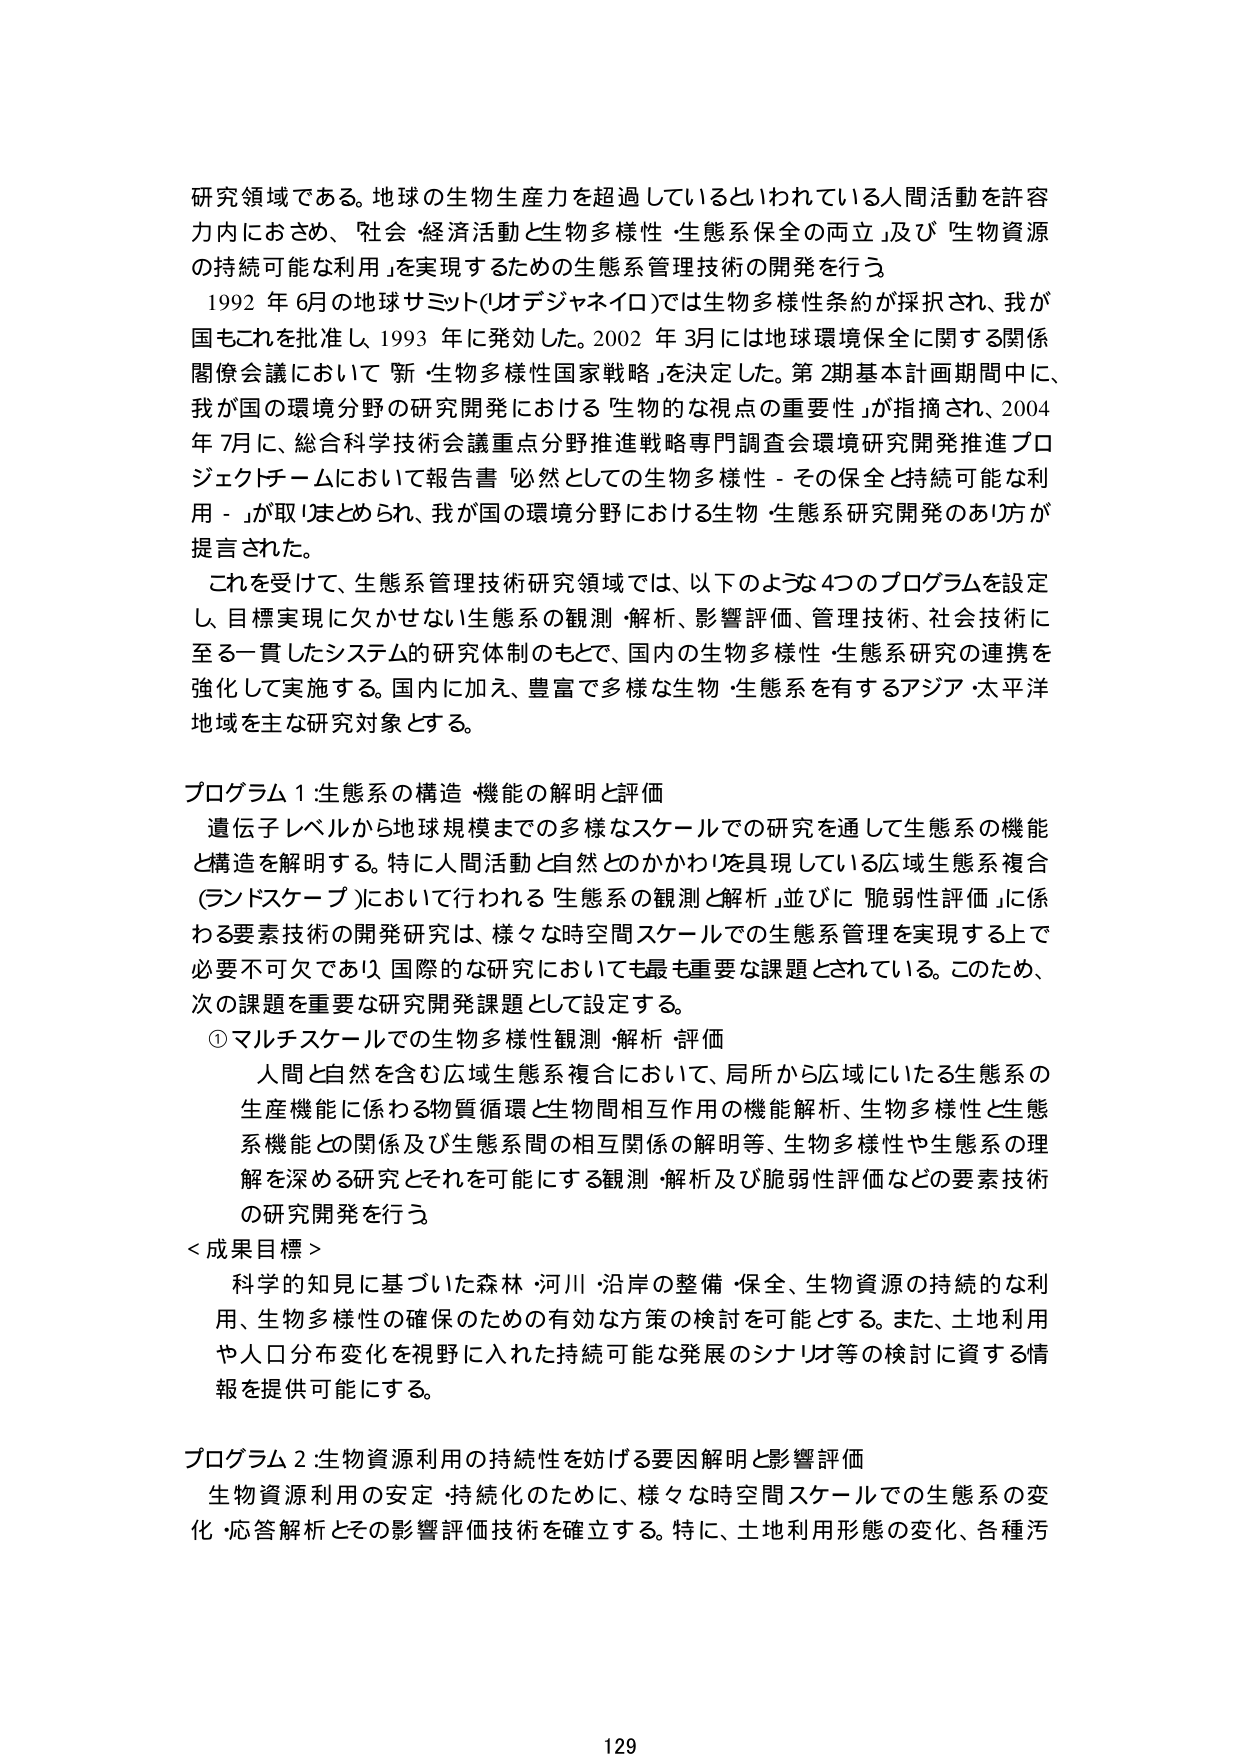
研究領域である。地球の生物生産力を超過しているといわれている人間活動を許容
力内におさめ、「社会・経済活動と生物多様性・生態系保全の両立」及び「生物資源
の持続可能な利用」を実現するための生態系管理技術の開発を行う。

1992年6月の地球サミット（リオデジャネイロ）では生物多様性条約が採択され、我が
国もこれを批准し、1993年に発効した。2002年3月には地球環境保全に関する関係
閣僚会議において「新・生物多様性国家戦略」を決定した。第2期基本計画期間中に、
我が国の環境分野の研究開発における「生物的な視点の重要性」が指摘され、2004
年7月に、総合科学技術会議重点分野推進戦略専門調査会環境研究開発推進プロジェク
トチームにおいて報告書「必然としての生物多様性－その保全と持続可能な利用－」が取りまとめられ、我が国の環境分野における生物・生態系研究開発のあり方が
提言された。

これを受けて、生態系管理技術研究領域では、以下のような4つのプログラムを設定
し、目標実現に欠かせない生態系の観測・解析、影響評価、管理技術、社会技術に
至る一貫したシステムの研究体制のもとで、国内の生物多様性・生態系研究の連携を
強化して実施する。国内に加え、豊富で多様な生物・生態系を有するアジア・太平洋
地域を主な研究対象とする。

プログラム1：生態系の構造・機能の解明と評価
遺伝子レベルから地球規模までの多様なスケールでの研究を通して生態系の機能
と構造を解明する。特に人間活動と自然とのかかわりを具現している広域生態系複合
（ランドスケープ）において行われる「生態系の観測と解析」並びに「脆弱性評価」に係
わる要素技術の開発研究は、様々な時空間スケールでの生態系管理を実現する上で
必要不可欠であり、国際的な研究においても最も重要な課題とされている。このため、
次の課題を重要な研究開発課題として設定する。

①マルチスケールでの生物多様性観測・解析・評価
人間と自然を含む広域生態系複合において、局所から広域にいたる生態系の
生産機能に係わる物質循環と生物間相互作用の機能解析、生物多様性と生態
系機能との関係及び生態系間の相互関係の解明等、生物多様性や生態系の理
解を深める研究とそれを可能にする観測・解析及び脆弱性評価などの要素技術
の研究開発を行う。

＜成果目標＞
科学的知見に基づいた森林・河川・沿岸の整備・保全、生物資源の持続的な利
用、生物多様性の確保のための有効な方策の検討を可能とする。また、土地利用
や人口分布変化を視野に入れた持続可能な発展のシナリオ等の検討に資する情
報を提供可能にする。

プログラム2：生物資源利用の持続性を妨げる要因解明と影響評価
生物資源利用の安定・持続化のために、様々な時空間スケールでの生態系の変
化・応答解析とその影響評価技術を確立する。特に、土地利用形態の変化、各種汚

129